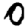
Digit: 0